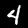
Label: 4